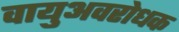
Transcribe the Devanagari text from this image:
वायुअवरोधक